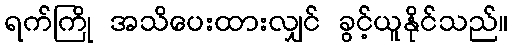
ရက်ကြို အသိပေးထားလျှင် ခွင့်ယူနိုင်သည်။